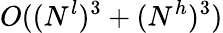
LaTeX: O((N^{l})^{3}+(N^{h})^{3})